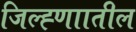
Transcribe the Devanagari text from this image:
जिल्ह्णाातील